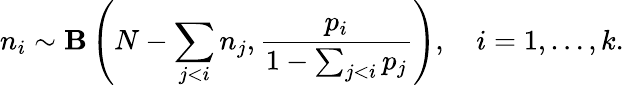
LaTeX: n_{i}\sim{\mathbf B}\left(N-\sum_{j<i}n_{j},\frac{p_{i}}{1-\sum_{j<i}p_{j}}\right),\quad i=1,\dots,k.